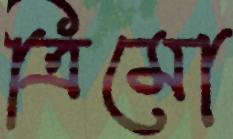
ত্রিমো